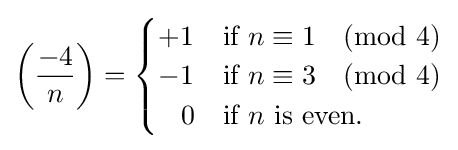
\left({\frac {-4}{n}}\right)={\begin{cases}+1&{\text{if }}n\equiv 1{\pmod {4}}\\-1&{\text{if }}n\equiv 3{\pmod {4}}\\\;\;\;0&{\text{if }}n{\text{ is even}}.\\\end{cases}}